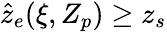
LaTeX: \hat{z}_{e}(\xi,Z_{p})\ge z_{s}